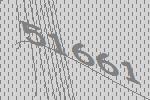
51661